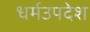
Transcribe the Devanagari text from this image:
धर्मउपदेश